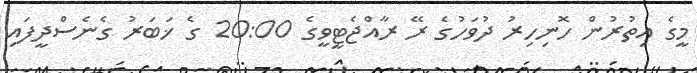
މީގެ އިތުރުން ހޮނިހިރު ދުވަހުގެ ރޭ ރާއްޖެޓީވީގެ 20:00 ގެ ޚަބަރު ގެނެސްދީފައި